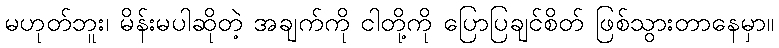
မဟုတ်ဘူး၊ မိန်းမပါဆိုတဲ့ အချက်ကို ငါတို့ကို ပြောပြချင်စိတ် ဖြစ်သွားတာနေမှာ။